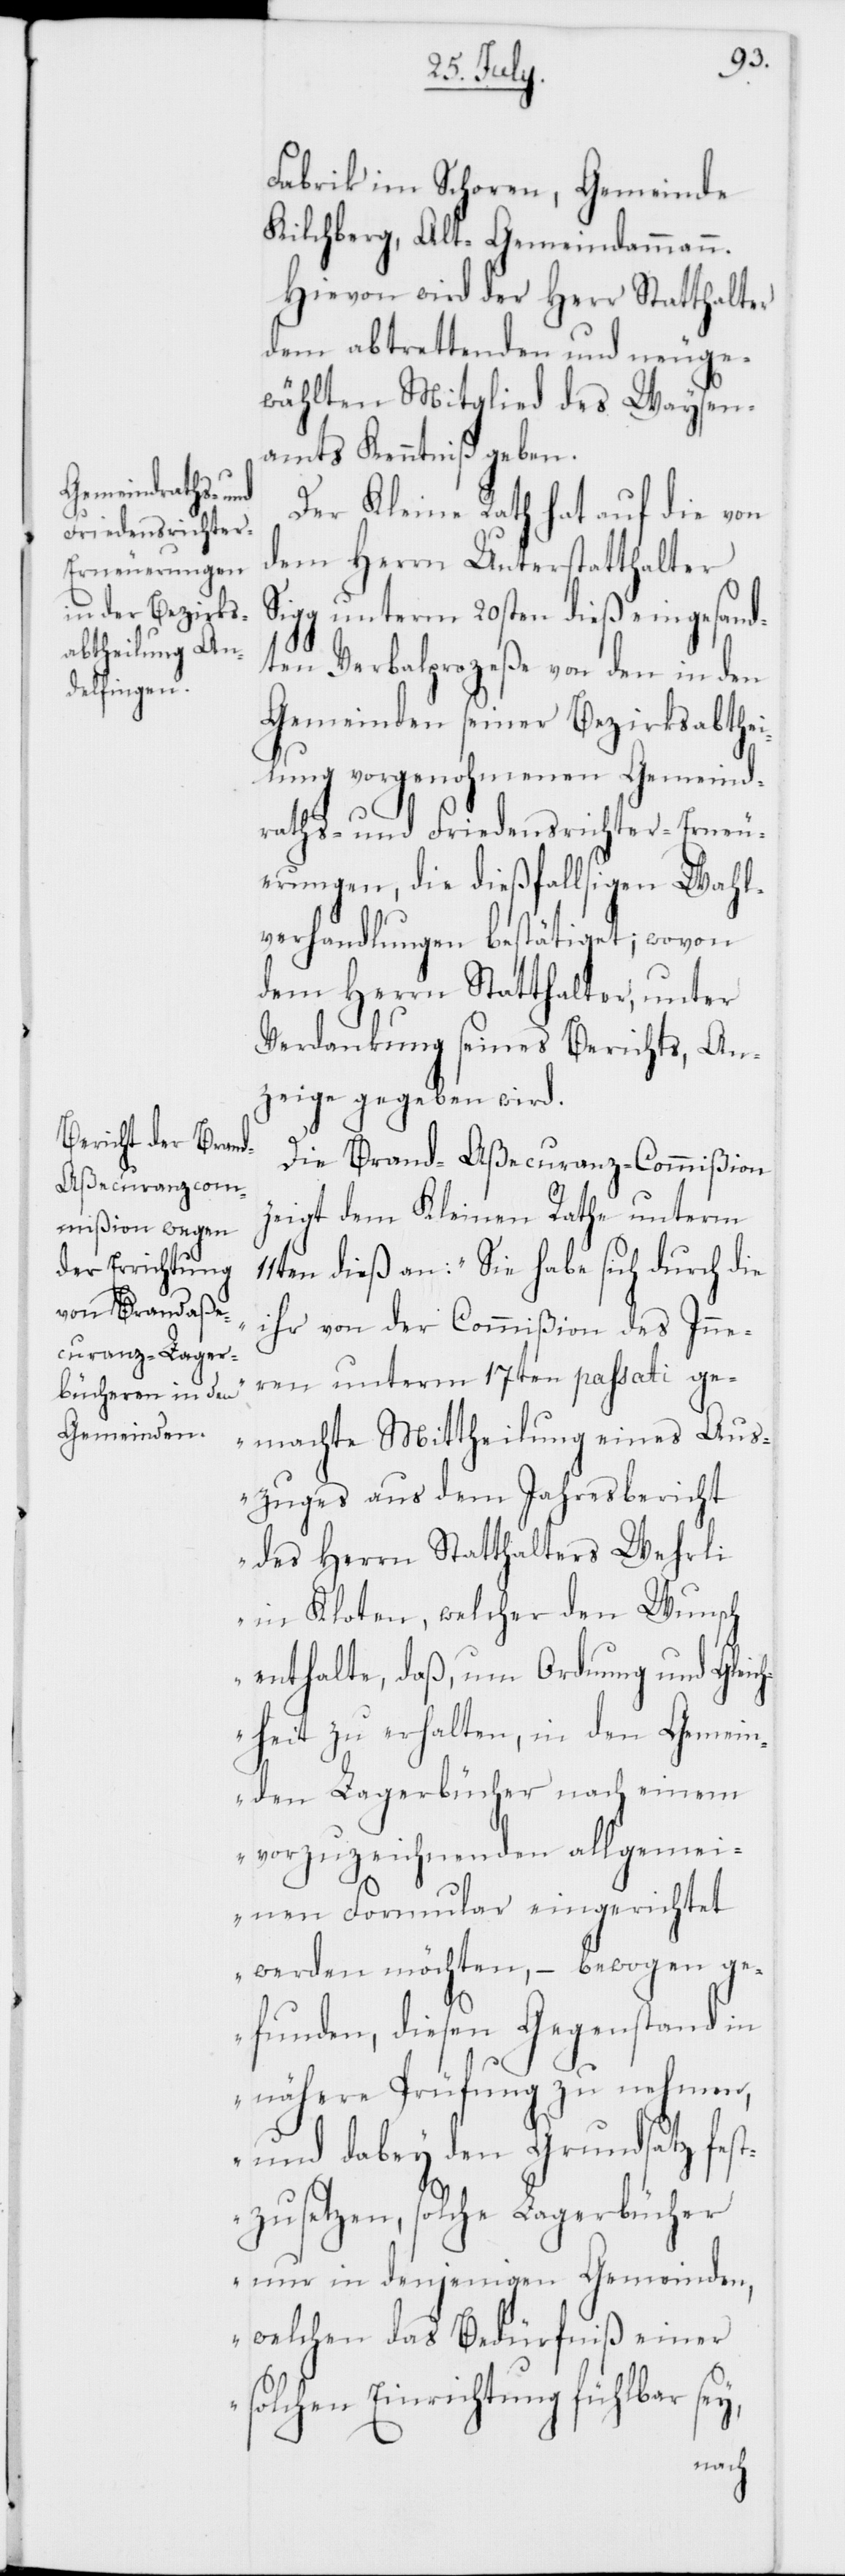
11t¬
Fabrik im Schoren, Gemeinde
Kilchberg, Alt-Gemeindammann.
Hievon wird der Herr Statthalter
dem abtrettenden und neuge¬
wählten Mitglied des Waysen¬
amts Kenntniß geben.
Der Kleine Rath hat auf die von
dem Herrn Unterstatthalter
Sigg unterm 20sten dieß eingesand¬
ten Verbalprozeße von den in den
Gemeinden seiner Bezirksabthei¬
lung vorgenohmenen Gemeind¬
raths- und Friedensichter-Erneu¬
erungen, die dießfallsigen Wahl¬
verhandlungen bestätiget; wovon
dem Herrn Statthalter, unter
Verdankung seines Berichts, An¬
zeige gegeben wird.
Die Brand-Aßecuranz-Commißion
zeigt dem Kleinen Rathe unterm
en dieß an: „Sie habe sich durch die
ihr von der Commißion des Inne¬
ren unterm 17ten passati ge¬
machte Mittheilung eines Aus¬
zuges aus dem Jahresbericht
des Herrn Statthalters Wehrli
in Kloten, welcher den Wunsch
enthalte, daß, um Ordnung und Gleic¬
hheit zu erhalten, in den Gemein¬
den Lagerbücher nach einem
vorzuzeichnenden allgemei¬
nen Formular eingerichtet
werden möchten, – bewogen ge¬
funden, diesen Gegenstand in
nähere Prüfung zu nehmen,
und dabey den Grundsatz fes¬
tzusetzen, solche Lagerbücher
nur in denjenigen Gemeinden,
welchen das Bedürfniß einer
solchen Einrichtung fühlbar